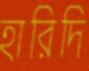
হারিদি